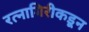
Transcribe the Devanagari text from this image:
रत्नागिरीकडून